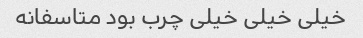
خیلی خیلی خیلی چرب بود متاسفانه